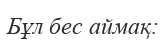
Бұл бес аймақ: